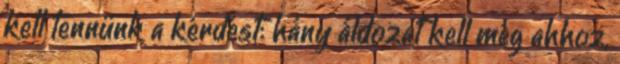
kell tennünk a kérdést: hány áldozat kell még ahhoz,